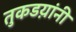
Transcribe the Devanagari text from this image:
तुकडय़ांनी